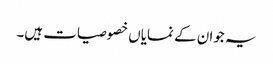
یہ جوان کے نمایاں خصوصیات ہیں۔